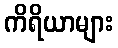
ကိရိယာများ